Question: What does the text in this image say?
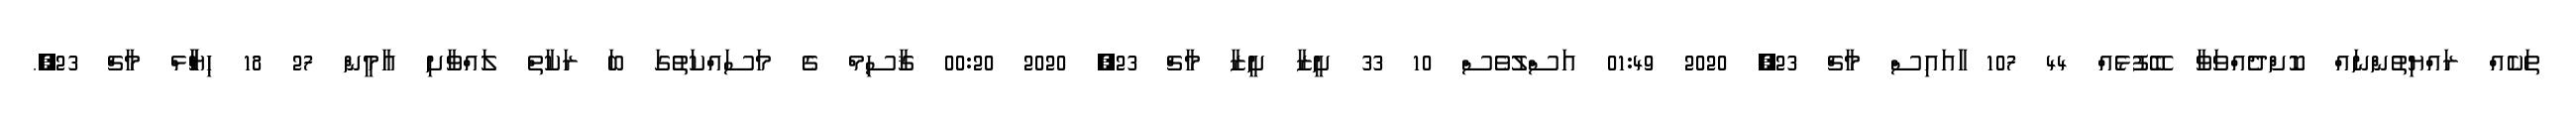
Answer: ތަކެއް ރައްޔިތުންނައް ކޮށްދެއްވަވާ ބޭފުޅެއް 44 107 ާައައިސް މާޗް 23, 2020 01:49 އަސްލުވެސް 10 33 ށީޒާ ށީޒާ މާޗް 23, 2020 00:20 ޤާސިމް ގެ މަސައްކަތުގަ ބަ ރަކާތް ލައްވާށި އާމީން 27 18 ޙިޔާާްްޅް މާޗް 23,.